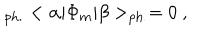
_ { \mathrm { p h . } } < \alpha | \Phi _ { m } | \beta > _ { \mathrm { p h . } } = 0 ~ ,